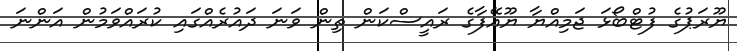
ޔޫރަޕުގެ ފުޓްބޯޅަ ޖަމިއްޔާ ޔޫއޭފާގެ ރައީސްކަން ތިން ވަނަ ދައުރެއްގައި ކުރައްވަމުން އަންނަ